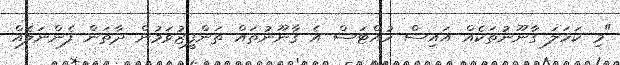
"މި ކަހަލަ ގާނޫނުތަކެއް އައިސް ހުއްޓަސް އެ ގާނޫނުތައް ތަންފީޒުވަމުން ދާތަން ފެންނަލެއް